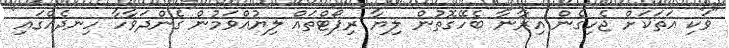
"ވަކި އަތަކަށް ޖެހިގެން އިރާނާ ބެހޭގޮތުން ލިޔާ ރިޕޯޓްތައް ލިޔުއްވަމުން ގެންދަވާހާ ހިނދެއްގައި